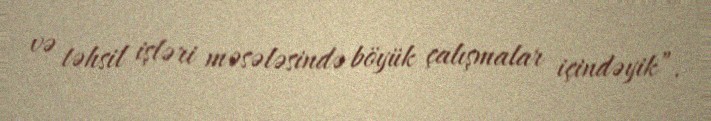
və təhsil işləri məsələsində böyük çalışmalar içindəyik”.